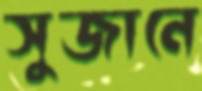
সুজানে